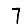
Digit: 7